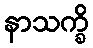
နာသက္ခိ